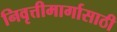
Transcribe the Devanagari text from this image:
निवृत्तीमार्गासाठी